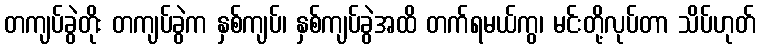
တကျပ်ခွဲတိုး တကျပ်ခွဲက နှစ်ကျပ်၊ နှစ်ကျပ်ခွဲအထိ တက်ရမယ်ကွ၊ မင်းတို့လုပ်တာ သိပ်ဟုတ်